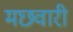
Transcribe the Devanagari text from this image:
मछवारी